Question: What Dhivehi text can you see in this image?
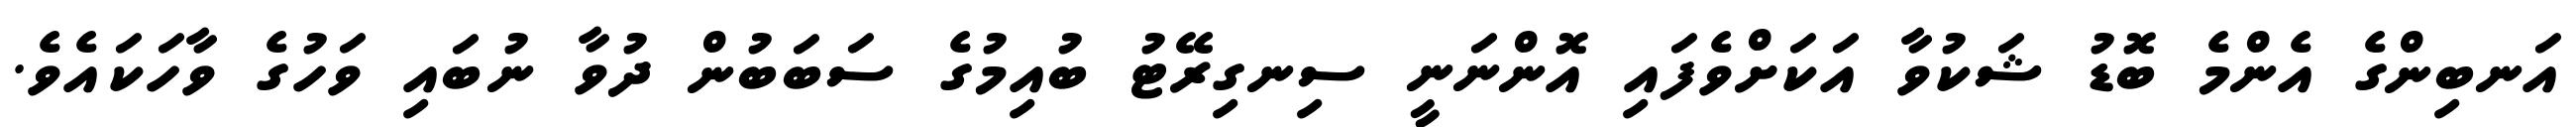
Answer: އަނބިންގެ އެންމެ ބޮޑު ޝަކުވާ އަކަށްވެފައި އޮންނަނީ ސިނގިރޭޓު ބުއިމުގެ ސަބަބުން ދުވާ ނުބައި ވަހުގެ ވާހަކައެވެ.